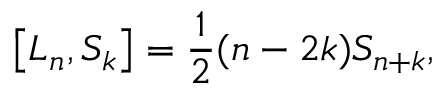
\left[ L _ { n } , S _ { k } \right] = \frac { 1 } { 2 } ( n - 2 k ) S _ { n + k } ,